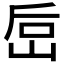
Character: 𰎚